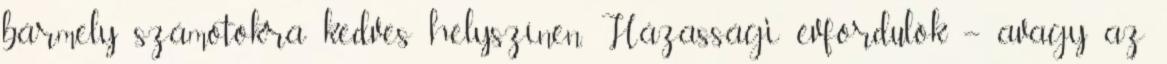
bármely számotokra kedves helyszínen. Házassági évfordulók – avagy az